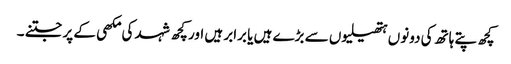
کچھ پتے ہاتھ کی دونوں ہتھیلیوں سے بڑے ہیں یا برابر ہیں اور کچھ شہد کی مکھی کے پر جتنے ۔